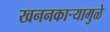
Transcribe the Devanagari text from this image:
खननकाऱ्यामुळे